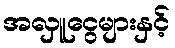
အလှူငွေများနှင့်